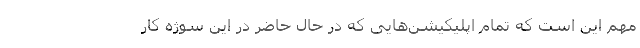
مهم این است که تمام اپلیکیشن‌هایی که در حال حاضر در این سوژه کار